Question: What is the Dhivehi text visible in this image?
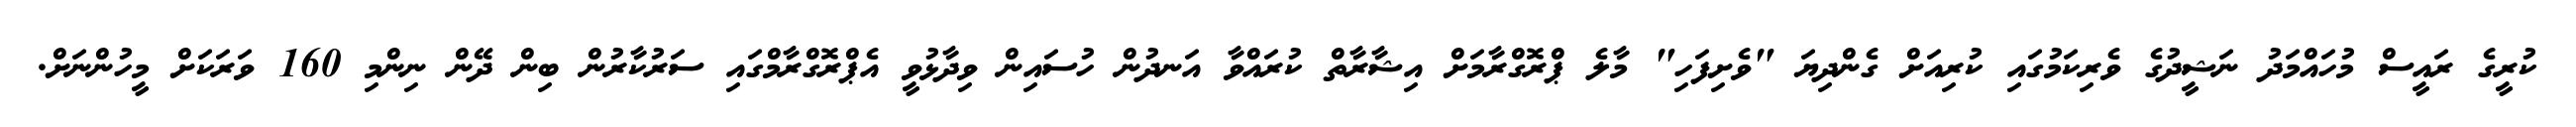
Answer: ކުރީގެ ރައީސް މުހައްމަދު ނަޝީދުގެ ވެރިކަމުގައި ކުރިއަށް ގެންދިޔަ "ވެށިފަހި" މާލެ ޕްރޮގްރާމަށް އިޝާރާތް ކުރައްވާ އަނދުން ހުސައިން ވިދާޅުވީ އެޕްރޮގްރާމްގައި ސަރުކާރުން ބިން ދޭން ނިންމި 160 ވަރަކަށް މީހުންނަށް.